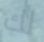
لك